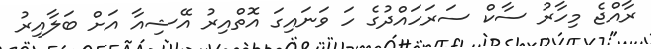
ރާއްޖެ މިހާރު ސާކް ސަރަހައްދުގެ ހަ ވަނައިގަ އޮތްއިރު އޭޝިއާ އަށް ބަލާއިރު